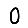
Digit: 0